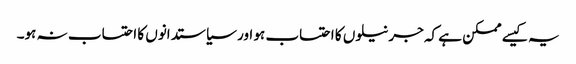
یہ کیسے ممکن ہے کہ جرنیلوں کا احتساب ہو اور سیاستدانوں کا احتساب نہ ہو۔